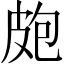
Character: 皰